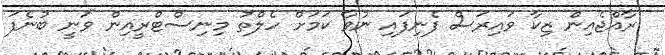
ރާއްޖެއިން ޒިކާ ވައިރަސް ފެނިފައި ނުވާ ކަމަށް ހެލްތު މިނިސްޓްރީއިން ވަނީ ބުނެފަ